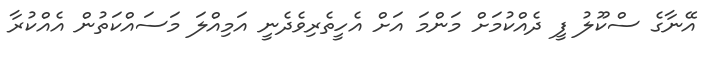
އޭނާގެ ސްކޫލު ފީ ދެއްކުމަށް މަންމަ އަށް އެހީތެރިވެދެނީ އަމިއްލަ މަސައްކަތުން އެއްކުރާ